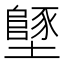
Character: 𡒿